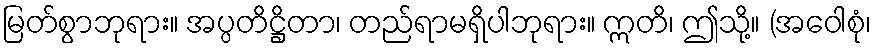
မြတ်စွာဘုရား။ အပ္ပတိဋ္ဌိတာ၊ တည်ရာမရှိပါဘုရား။ ဣတိ၊ ဤသို့။ (အဝေါစုံ၊